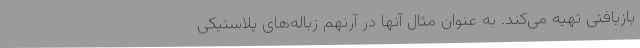
بازیافتی تهیه می‌کند. به عنوان مثال آنها در آرنهم زباله‌های پلاستیکی